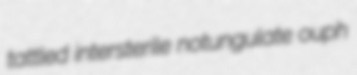
tattled intersterile notungulate ouph